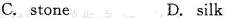
C.stone D. silk